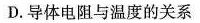
D.导体电阻与温度的关系